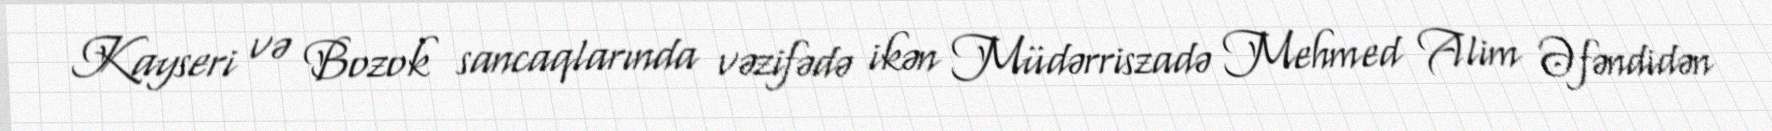
Kayseri və Bozok sancaqlarında vəzifədə ikən Müdərriszadə Mehmed Alim Əfəndidən